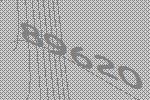
89620